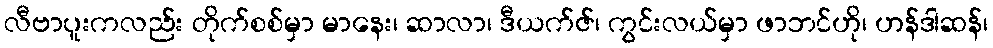
လီဗာပူးကလည်း တိုက်စစ်မှာ မာနေး၊ ဆာလာ၊ ဒီယက်ဇ်၊ ကွင်းလယ်မှာ ဖာဘင်ဟို၊ ဟန်ဒါဆန်၊